Lunatic asylums in Bengal annual reports 1888-1898 - 1888-1898
Year: 1888
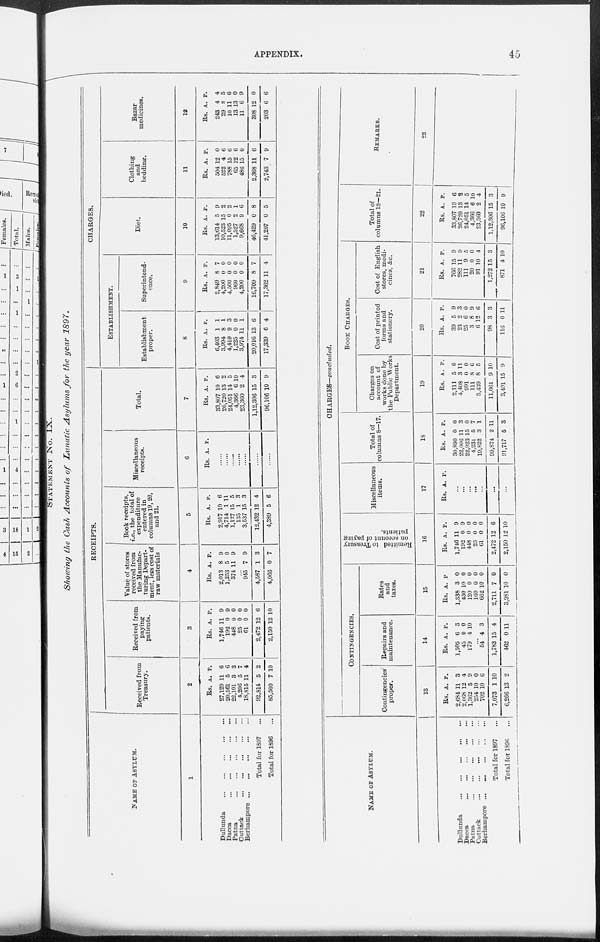
APPENDIX.
45
STATEMENT No. IX.
Showing the Cash Accounts of Lunatic Asylums for the year 1897.
NAME OF ASYLUM.
1
Dullunda
...
...
...
...
...
Dacca
...
...
...
...
...
Patna
...
...
...
...
...
Cuttack
...
...
...
...
...
Berhampore
...
...
...
...
...
Total for 1897 ...
Total for 1896 ...
RECEIPTS.
Received from
Treasury.
2
Rs.
27,129
20,561
22,101
4,206
18,815
92,814
85,500
A.
11
5
3
5
11
5
7
P.
6
6
3
7
4
2
10
Received from
paying
patients.
3
Rs.
1,746
192
448
25
61
2,472
2,150
A.
11
0
0
0
0
12
12
P.
9
9
0
0
0
6
10
Value of stores
received from
the Manufac-
turing Depart-
ment, less cost of
raw materials
4
Rs.
2,013
1,253
374
A.
8
5
11
P.
9
0
9
...
945
4,587
4,066
7
1
0
9
3
7
Book receipts,
i.e., the total of
expenditure
entered in
columns 19, 20,
and 21.
5
Rs.
2,917
4,714
1,127
135
3,537
12,432
4,389
A.
10
1
15
1
15
12
5
P.
6
11
5
3
3
4
6
Miscellaneous
receipts.
6
Rs. A. P.
......
......
......
......
......
......
......
Total.
7
Rs.
33,807
26,720
24,051
4,366
23,360
1,12,306
96,106
A.
10
13
14
6
2
15
10
P.
6
2
5
10
4
3
9
CHARGES.
ESTABLISHMENT.
Establishment
proper.
8
Rs.
6,403
3,994
4,419
1,225
3,974
20,016
17,339
A.
1
8
9
0
11
13
6
P.
1
1
3
0
1
6
4
Superintend-
ence.
9
Rs.
2,849
4,200
4,500
960
4,200
16,709
17,362
A.
8
0
0
0
0
8
11
P.
7
0
0
0
0
7
4
Diet.
10
Rs.
13,614
10,523
11,095
1,527
9,668
46,429
41,207
A.
5
15
0
2
9
0
0
P.
9
2
2
1
6
8
5
Clothing
and
bedding.
11
Rs.
504
522
788
65
486
2,368
2,743
A.
12
4
15
12
15
11
7
P.
0
6
6
6
0
6
9
Bazar
medicines.
12
Rs.
243
29
10
13
11
308
203
A.
4
8
11
13
6
12
6
P.
4
5
6
0
9
0
6
NAME OF ASYLUM.
Dullunda
...
...
...
...
...
Dacca ... ... ... ... ...
Patna ... ... ... ... ...
Cuttack ... ... ... ... ...
Berhampore
...
...
...
...
...
Total for 1897 ...
Total for 1896 ...
CHARGES—concluded.
CONTINGENCIES.
Contingencies
proper.
13
Rs.
2,684
2,068
1,362
254
702
7,073
6,266
A.
11
12
5
10
10
1
13
P.
3
4
9
0
6
10
2
Repairs and
maintenance.
14
Rs.
1,505
45
179
A.
6
0
4
P.
3
0
10
...
54
1,783
462
4
15
0
3
4
11
Rates
and
taxes.
15
Rs.
1,338
430
120
160
662
2,711
3,981
A.
3
10
0
0
10
7
10
P.
0
0
0
0
0
0
0
Remitted to Treasury
on account of paying
patients.
16
Rs.
1,746
192
448
25
61
2,472
2,150
A.
11
0
0
0
0
12
12
P.
9
9
0
0
0
6
10
Miscellaneous
items.
17
Rs. A. P.
...
...
...
...
...
...
...
Total of
columns 8—17.
18
Rs.
30,890
22,006
22,923
4,231
19,822
99,874
91,717
A.
0
11
15
5
3
2
5
P.
0
3
0
7
1
11
3
BOOK CHARGES.
Charges on
account of
works done by
the Public Works
Department.
19
Rs.
2,111
4,408
991
111
3,439
11,061
3,401
A.
5
3
0
8
8
9
15
P.
0
11
0
6
5
10
9
Cost of printed
forms and
stationery.
20
Rs.
39
23
25
3
6
98
116
A.
5
2
6
8
12
3
0
P.
9
3
0
9
6
3
11
Cost of English
stores, medi-
cines, &c.
21
Rs.
766
282
111
20
91
1,272
871
A.
15
11
9
0
10
15
4
P.
9
9
5
0
4
3
10
Total of
columns 18—21.
22
Rs.
33,807
26,720
24,051
4,366
23,360
1,12,306
96,106
A.
10
13
14
6
2
15
10
P.
6
2
5
10
4
3
9
REMARKS.
23